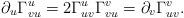
LaTeX: \begin{align*} \partial_u\Gamma_{vu}^u=2\Gamma_{uv}^u\Gamma_{vu}^v=\partial_v\Gamma_{uv}^v.\end{align*}